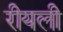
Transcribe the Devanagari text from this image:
रीयली